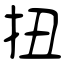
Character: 扭